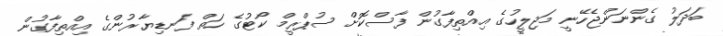
ބަދަލު ގެންނަންޖެހޭނީ މަޖިލީހުގެ އިއްތިފާގުން ފާސްކޮށް ސުޕްރީމް ކޯޓުގެ ހަތް ފަނޑިޔާރުންގެ އިއްތިފާގުން